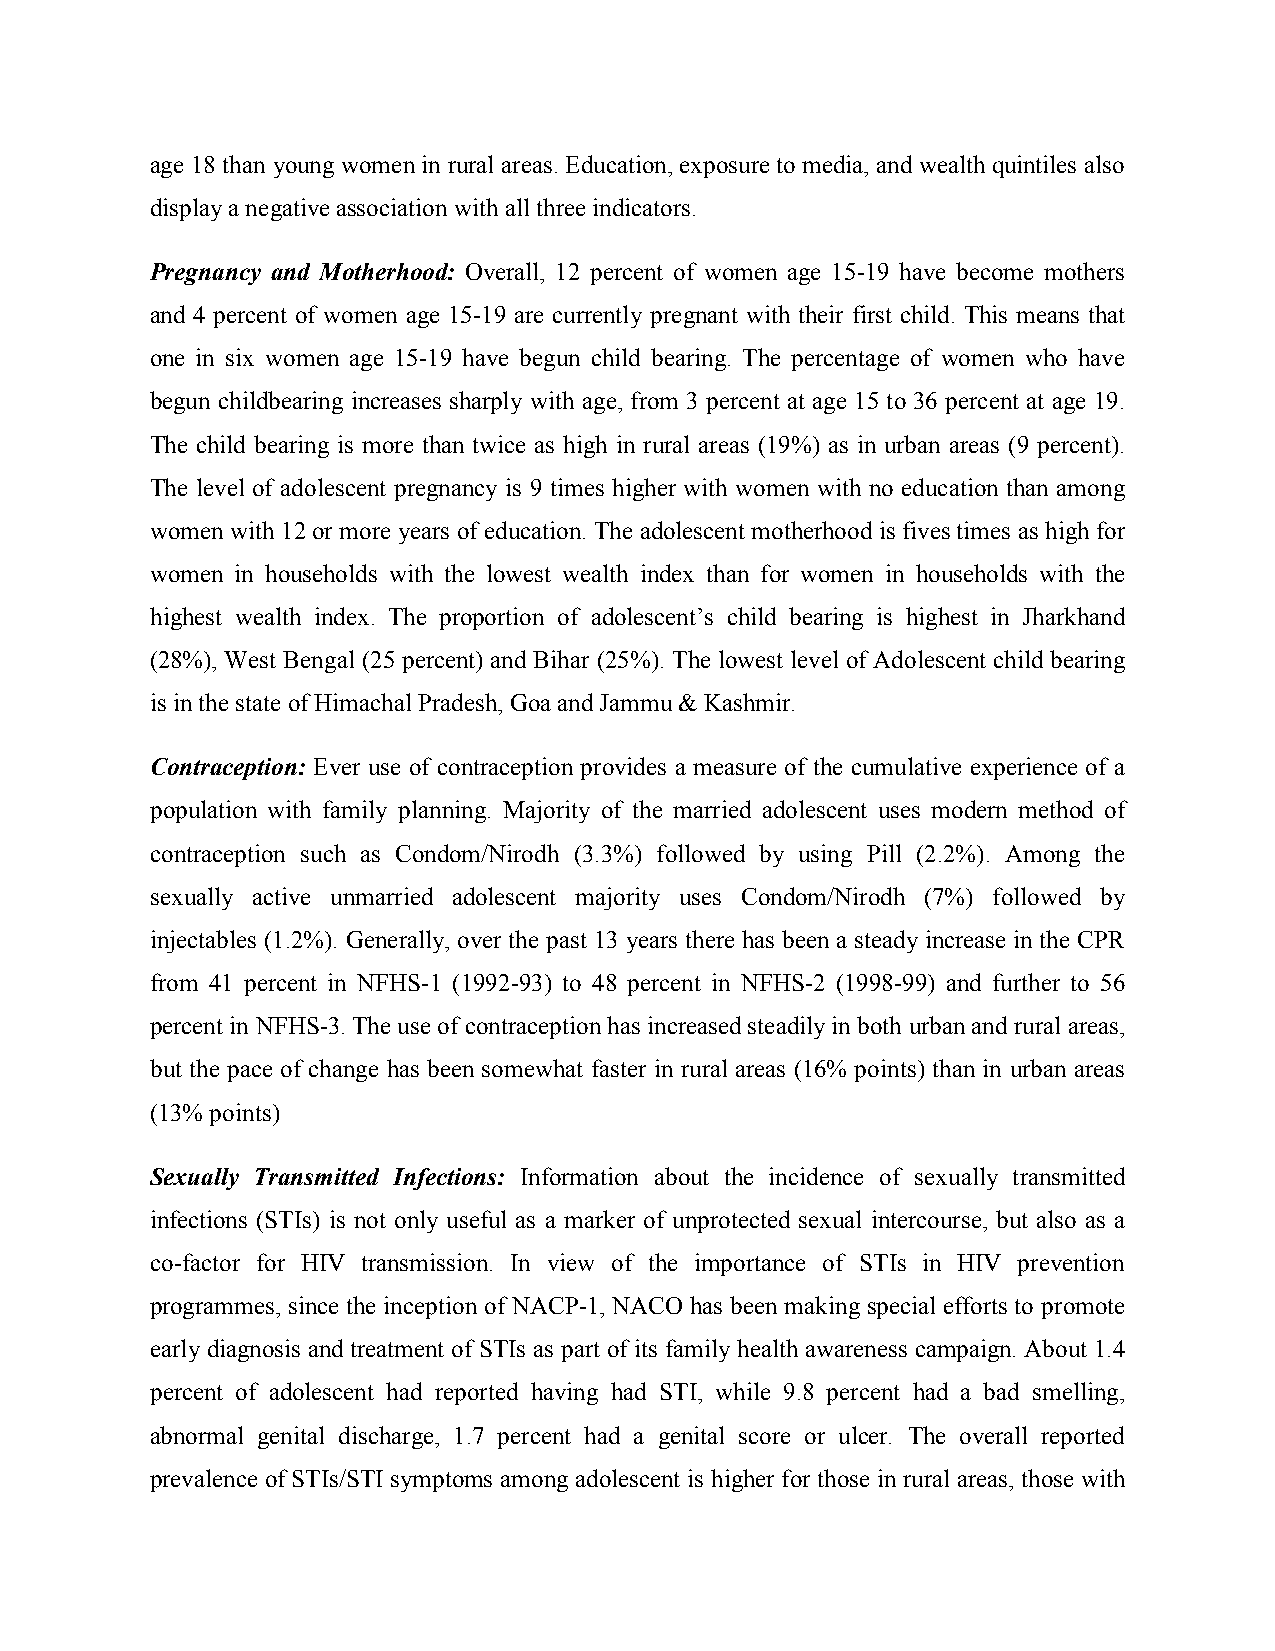
age 18 than young women in rural areas. Education, exposure to media, and wealth quintiles also
 display a negative association with all three indicators.
 Pregnancy and Motherhood: Overall, 12 percent of women age 15-19 have become mothers
 and 4 percent of women age 15-19 are currently pregnant with their first child. This means that
 one in six women age 15-19 have begun child bearing. The percentage of women who have
 begun childbearing increases sharply with age, from 3 percent at age 15 to 36 percent at age 19.
 The child bearing is more than twice as high in rural areas (19%) as in urban areas (9 percent).
 The level of adolescent pregnancy is 9 times higher with women with no education than among
 women with 12 or more years of education. The adolescent motherhood is fives times as high for
 women in households with the lowest wealth index than for women in households with the
 highest wealth index. The proportion of adolescent’s child bearing is highest in Jharkhand
 (28%), West Bengal (25 percent) and Bihar (25%). The lowest level of Adolescent child bearing
 is in the state of Himachal Pradesh, Goa and Jammu & Kashmir.
 Contraception: Ever use of contraception provides a measure of the cumulative experience of a
 population with family planning. Majority of the married adolescent uses modern method of
 contraception such as Condom/Nirodh (3.3%) followed by using Pill (2.2%). Among the
 sexually active unmarried adolescent majority uses Condom/Nirodh (7%) followed by
 injectables (1.2%). Generally, over the past 13 years there has been a steady increase in the CPR
 from 41 percent in NFHS-1 (1992-93) to 48 percent in NFHS-2 (1998-99) and further to 56
 percent in NFHS-3. The use of contraception has increased steadily in both urban and rural areas,
 but the pace of change has been somewhat faster in rural areas (16% points) than in urban areas
 (13% points)
 Sexually Transmitted Infections: Information about the incidence of sexually transmitted
 infections (STIs) is not only useful as a marker of unprotected sexual intercourse, but also as a
 co-factor for HIV transmission. In view of the importance of STIs in HIV prevention
 programmes, since the inception of NACP-1, NACO has been making special efforts to promote
 early diagnosis and treatment of STIs as part of its family health awareness campaign. About 1.4
 percent of adolescent had reported having had STI, while 9.8 percent had a bad smelling,
 abnormal genital discharge, 1.7 percent had a genital score or ulcer. The overall reported
 prevalence of STIs/STI symptoms among adolescent is higher for those in rural areas, those with